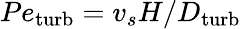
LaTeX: Pe_{\mathrm{turb}}=v_{s}H/D_{\mathrm{turb}}